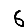
Digit: 6